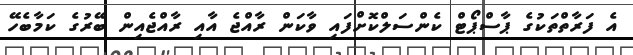
އެ ފަރާތްތަކުގެ ޕާސްޕޯޓް ކެންސަލްކޮށްފައި ވާކަން ރާއްޖެ އާއި ރާއްޖެއިން ބޭރުގެ ކަމާބެހޭ